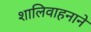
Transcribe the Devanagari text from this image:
शालिवाहनाने